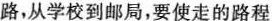
路，从学校到邮局，要使走的路程